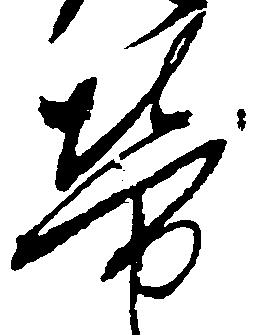
労